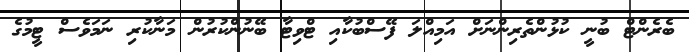
ބެރެންޓް ބުނީ ކުޅުންތެރިންނަށް އަމިއްލަ ފޭސްބުކާއި ޓްވިޓާ ބޭނުންކުރުން މަނާކުރި ނަމަވެސް ޓީމުގެ